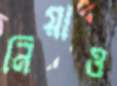
নিয়াও